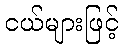
ငယ်များဖြင့်